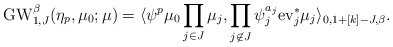
\begin{align*}\mathrm{GW}_{1,J}^{\beta}(\eta_p,\mu_0;\mu)=\langle \psi^p \mu_0 \prod_{j\in J}\mu_j, \prod_{j\not\in J}\psi_j^{a_j}\mathrm{ev}_j^* \mu_j\rangle_{0,1+[k]-J,\beta}.\end{align*}